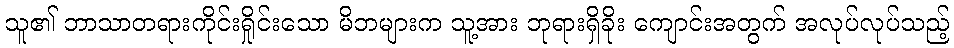
သူ၏ ဘာသာတရားကိုင်းရှိုင်းသော မိဘများက သူ့အား ဘုရားရှိခိုး ကျောင်းအတွက် အလုပ်လုပ်သည့်